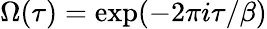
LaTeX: \Omega(\tau)=\exp(-2\pi i\tau/\beta)